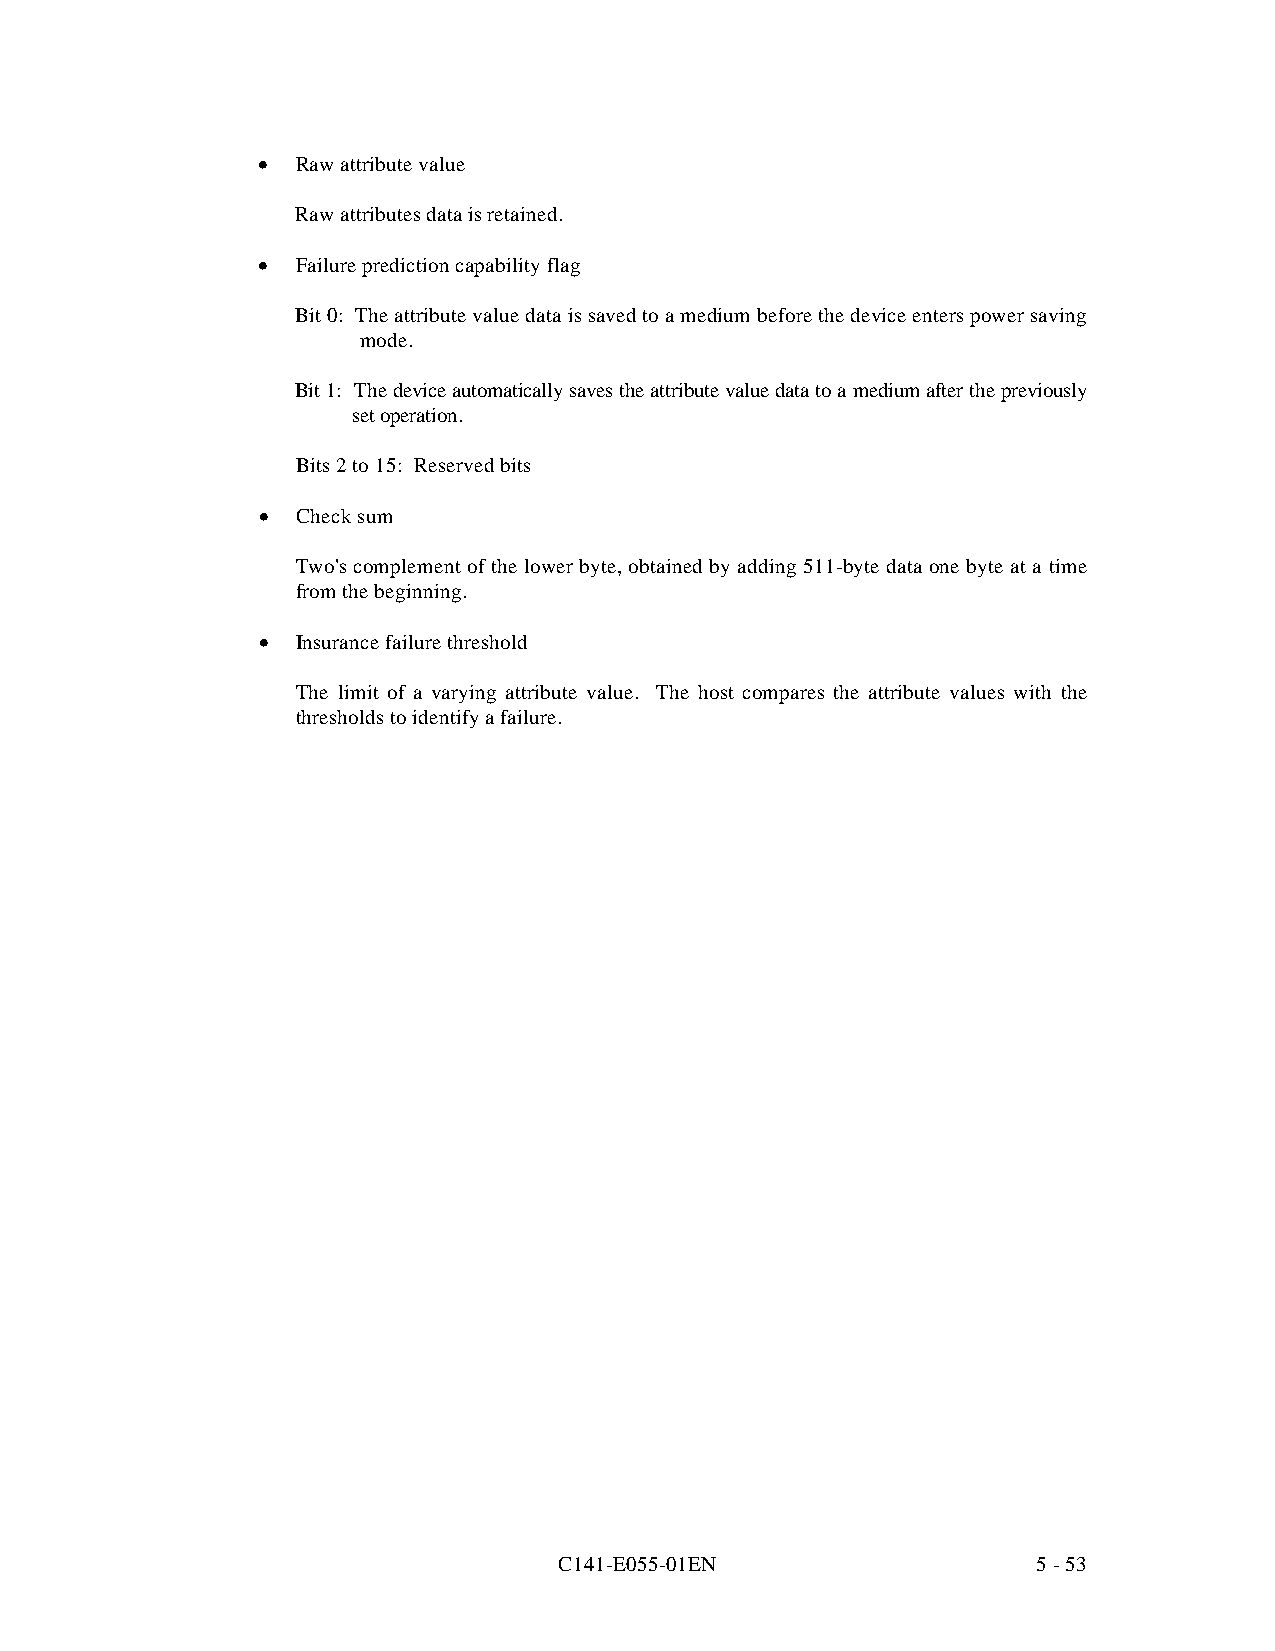
•  Raw attribute value
 Raw attributes data is retained.
 •  Failure prediction capability flag
 Bit 0: The attribute value data is saved to a medium before the device enters power saving
 mode.
 Bit 1: The device automatically saves the attribute value data to a medium after the previously
 set operation.
 Bits 2 to 15: Reserved bits
 •  Check sum
 Two's complement of the lower byte, obtained by adding 511-byte data one byte at a time
 from the beginning.
 •  Insurance failure threshold
 The limit of a varying attribute value. The host compares the attribute values with the
 thresholds to identify a failure.
 C141-E055-01EN                  5 - 53